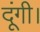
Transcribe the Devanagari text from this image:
दूंगी।